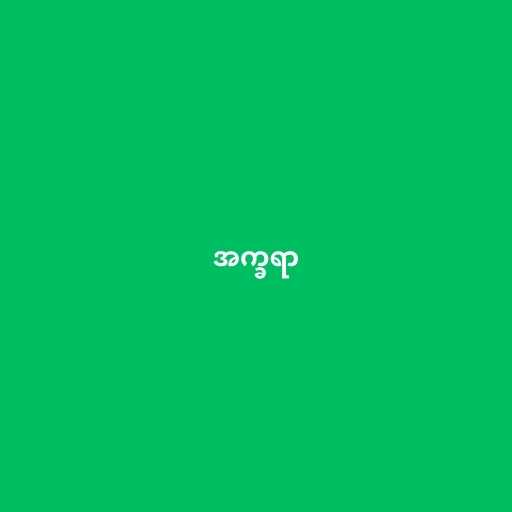
အက္ခရာ